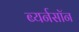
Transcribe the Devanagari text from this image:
ब्यर्नसॉन